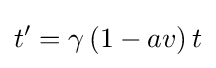
t'=\gamma \left(1-av\right)t